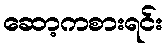
ဆော့ကစားရင်း